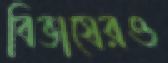
বিভাষেরও